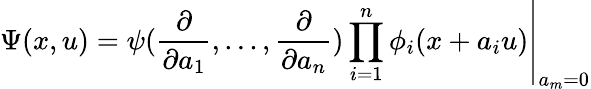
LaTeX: \Psi(x,u)=\left.\psi(\frac{\partial}{\partial a_{1}},...,\frac{\partial}{\partial a_{n}})\prod_{i=1}^{n}\phi_{i}(x+a_{i}u)\right|_{a_{m}=0}